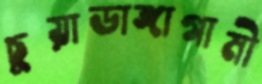
চুয়াডাঙ্গাগামী